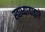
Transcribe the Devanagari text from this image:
स्वाध्यायाद्वारे